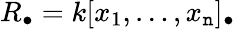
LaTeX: R_{\bullet}=k[x_{1},\ldots,x_{\mathtt{n}}]_{\bullet}